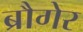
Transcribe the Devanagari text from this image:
ब्रौगेर